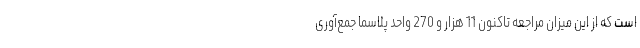
است که از این میزان مراجعه تاکنون 11 هزار و 270 واحد پلاسما جمع‌آوری